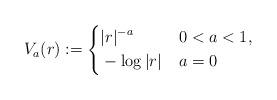
LaTeX: \begin{align*} V_a (r) := \left\{ \begin{aligned} &|r|^{-a} && 0 < a < 1, \\ &- \log |r| \: && a = 0 \end{aligned} \right. \end{align*}